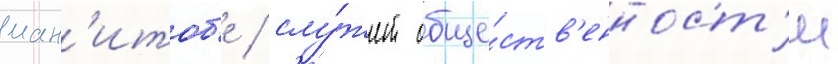
ман'итоб'е / слу́жит обще́ств'енност'и